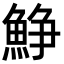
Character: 䱢